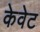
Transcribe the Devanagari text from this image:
केवेट